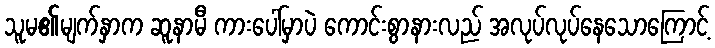
သူမ၏မျက်နှာက ဆူနာမီ ကားပေါ်မှာပဲ ကောင်းစွာနားလည် အလုပ်လုပ်နေသောကြောင့်